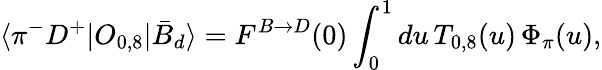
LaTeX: \langle\pi^{-}D^{+}|O_{0,8}|\bar{B}_{d}\rangle=F^{B\to D}(0)\int_{0}^{1}du\, T_{0,8}(u)\, \Phi_{\pi}(u),